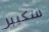
سكيبر